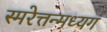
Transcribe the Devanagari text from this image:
स्मरेत्तन्मध्यगं